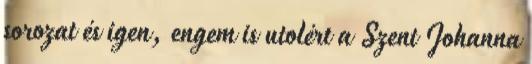
sorozat és igen, engem is utolért a Szent Johanna